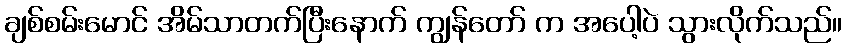
ချစ်စမ်းမောင် အိမ်သာတက်ပြီးနောက် ကျွန်တော် က အပေါ့ပဲ သွားလိုက်သည်။